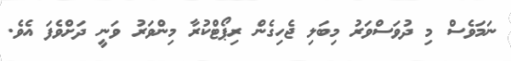
ނަމަވެސް މި ދުވަސްވަރު މިބަލި ޖެހިގެން ރިޕޯޓްކުރާ މިންވަރު ވަނީ ދަށްވެފަ އެވެ.